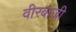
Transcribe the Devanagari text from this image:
वीरबाजी